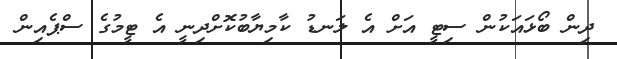
ދިން ބޯޅައަކުން ސިޓީ އަށް އެ ލަނޑު ކާމިޔާބުކޮށްދިނީ އެ ޓީމުގެ ސްޕެއިން